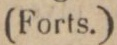
(Forts.)